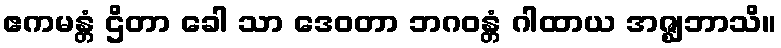
ဧကမန္တံ ဌိတာ ခေါ သာ ဒေဝတာ ဘဂဝန္တံ ဂါထာယ အဇ္ဈဘာသိ။